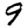
Digit: 9